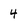
Character: 4